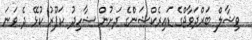
ވިޝާލް ބަރްދަވާޖްގެ ޑައިރެކްޝަންެގެ ދަށުން ޝާހިދު ކަޕޫރު ކުޅޭ ދެ ވަނަ